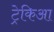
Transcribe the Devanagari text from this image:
ट्रेकिआ